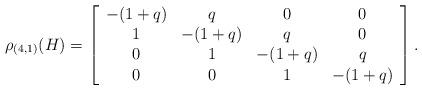
LaTeX: \begin{align*} \rho_{(4,1)}(H)=\left[ {\begin{array}{cccc} -(1+q) & q & 0 & 0 \\ 1 & -(1+q) & q & 0 \\ 0 & 1 & -(1+q) & q \\ 0 & 0 & 1 & -(1+q) \end{array} } \right].\end{align*}